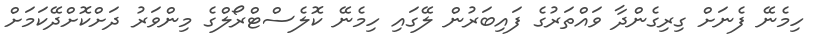
ހިމެނޭ ފެނަށް ގިރިގެންދާ ވައްތަރުގެ ފައިބަރުން ލޭގައި ހިމެނޭ ކޮލެސްޓްރޯލްގެ މިންވަރު ދަށްކޮށްދޭކަމަށް